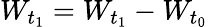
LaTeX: W_{t_{1}}=W_{t_{1}}-W_{t_{0}}